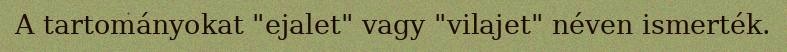
A tartományokat "ejalet" vagy "vilajet" néven ismerték.